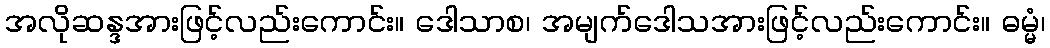
အလိုဆန္ဒအားဖြင့်လည်းကောင်း။ ဒေါသာစ၊ အမျက်ဒေါသအားဖြင့်လည်းကောင်း။ ဓမ္မံ၊